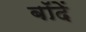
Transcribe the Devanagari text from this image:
बॉदें